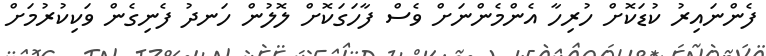
ފެންނައިރު ކުޑަކޮށް ހުރިހާ އެންމެންނަށް ވެސް ފާހަގަކޮށް ލޮލުން ހަނދު ފެނިގެން ވަކިކުރުމަށް